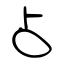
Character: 占